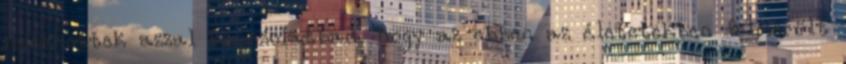
nyerhettek azzal kapcsolatban, hogy az ebben az életetekben felmerült